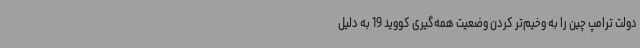
دولت ترامپ چین را به وخیم‌تر کردن وضعیت همه‌گیری کووید 19 به دلیل